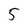
Character: 5